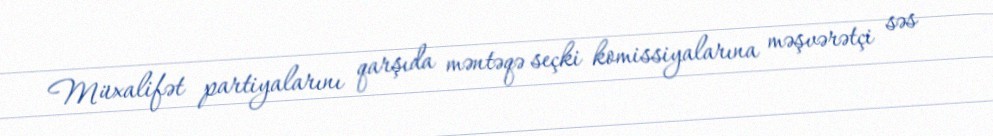
Müxalifət partiyalarını qarşıda məntəqə seçki komissiyalarına məşvərətçi səs